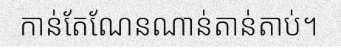
កាន់តែណែនណាន់តាន់តាប់។